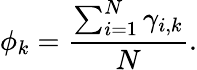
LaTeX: \phi_{k}=\frac{\sum_{i=1}^{N}\gamma_{i,k}}{N}.